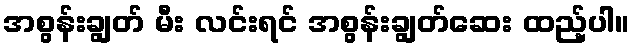
အစွန်းချွတ် မီး လင်းရင် အစွန်းချွတ်ဆေး ထည့်ပါ။